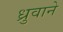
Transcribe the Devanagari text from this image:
ध्रुवाने